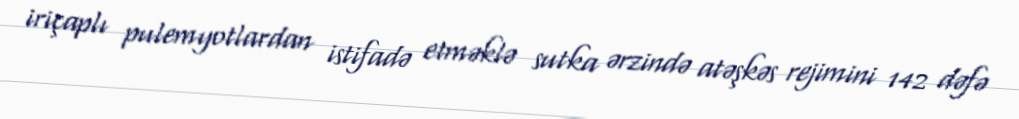
iriçaplı pulemyotlardan istifadə etməklə sutka ərzində atəşkəs rejimini 142 dəfə